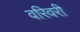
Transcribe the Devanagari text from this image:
वरिवरी